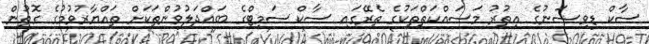
ސާކް ޑިވިޟަނުގެ އިތުރު މަސައްކަތްތަކުގެ ތެރޭގައި ސާކް ސަމިޓްގެ ބައްދަލުވުންތަކަށް ތައްޔާރުވުމުގެ ގޮތުން